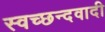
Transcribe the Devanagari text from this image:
स्वच्छन्दवादी